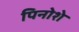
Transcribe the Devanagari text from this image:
पिनोशे